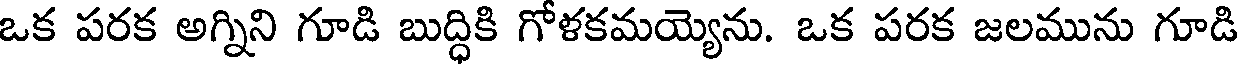
ఒక పరక అగ్నిని గూడి బుద్ధికి గోళకమయ్యెను. ఒక పరక జలమును గూడి